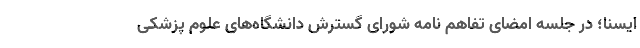
ایسنا؛ در جلسه امضای تفاهم نامه شورای گسترش دانشگاه‌های علوم پزشکی